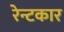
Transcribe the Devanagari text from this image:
रेन्टकार